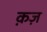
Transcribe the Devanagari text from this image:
क़ज़